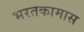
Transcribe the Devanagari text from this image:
भरतकामास